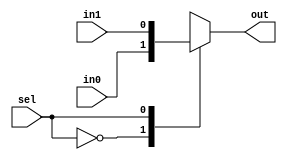
//========================================================================
// Verilog Components: Muxes
//========================================================================

`ifndef VC_MUXES_V
`define VC_MUXES_V

//------------------------------------------------------------------------
// 2 Input Mux
//------------------------------------------------------------------------

module vc_Mux2 #( parameter W = 1 )
(
  input      [W-1:0] in0, in1,
  input              sel,
  output reg [W-1:0] out
);

  always @(*)
  begin
    case ( sel )
      1'd0 : out = in0;
      1'd1 : out = in1;
      default : out = {W{1'bx}};
    endcase
  end

endmodule

//------------------------------------------------------------------------
// 3 Input Mux
//------------------------------------------------------------------------

module vc_Mux3 #( parameter W = 1 )
(
  input      [W-1:0] in0, in1, in2,
  input      [1:0]   sel,
  output reg [W-1:0] out
);

  always @(*)
  begin
    case ( sel )
      2'd0 : out = in0;
      2'd1 : out = in1;
      2'd2 : out = in2;
      default : out = {W{1'bx}};
    endcase
  end

endmodule

//------------------------------------------------------------------------
// 4 Input Mux
//------------------------------------------------------------------------

module vc_Mux4 #( parameter W = 1 )
(
  input      [W-1:0] in0, in1, in2, in3,
  input      [1:0]   sel,
  output reg [W-1:0] out
);

  always @(*)
  begin
    case ( sel )
      2'd0 : out = in0;
      2'd1 : out = in1;
      2'd2 : out = in2;
      2'd3 : out = in3;
      default : out = {W{1'bx}};
    endcase
  end

endmodule

//------------------------------------------------------------------------
// 4 Input Mux (with one-hot select)
//------------------------------------------------------------------------

module vc_Mux4_1hot #( parameter W = 1 )
(
  input      [W-1:0] in0, in1, in2, in3,
  input      [3:0]   sel_1hot,
  output reg [W-1:0] out
);

  always @(*)
  begin
    case ( sel_1hot )
      4'b0001 : out = in0;
      4'b0010 : out = in1;
      4'b0100 : out = in2;
      4'b1000 : out = in3;
      default : out = {W{1'bx}};
    endcase
  end

endmodule

//------------------------------------------------------------------------
// 5 Input Mux
//------------------------------------------------------------------------

module vc_Mux5 #( parameter W = 1 )
(
  input      [W-1:0] in0, in1, in2, in3, in4,
  input      [2:0]   sel,
  output reg [W-1:0] out
);

  always @(*)
  begin
    case ( sel )
      3'd0 : out = in0;
      3'd1 : out = in1;
      3'd2 : out = in2;
      3'd3 : out = in3;
      3'd4 : out = in4;
      default : out = {W{1'bx}};
    endcase
  end

endmodule

//------------------------------------------------------------------------
// 6 Input Mux
//------------------------------------------------------------------------

module vc_Mux6 #( parameter W = 1 )
(
  input      [W-1:0] in0, in1, in2, in3, in4, in5,
  input      [2:0]   sel,
  output reg [W-1:0] out
);

  always @(*)
  begin
    case ( sel )
      3'd0 : out = in0;
      3'd1 : out = in1;
      3'd2 : out = in2;
      3'd3 : out = in3;
      3'd4 : out = in4;
      3'd5 : out = in5;
      default : out = {W{1'bx}};
    endcase
  end

endmodule

//------------------------------------------------------------------------
// 7 Input Mux
//------------------------------------------------------------------------

module vc_Mux7 #( parameter W = 1 )
(
  input      [W-1:0] in0, in1, in2, in3, in4, in5, in6,
  input      [2:0]   sel,
  output reg [W-1:0] out
);

  always @(*)
  begin
    case ( sel )
      3'd0 : out = in0;
      3'd1 : out = in1;
      3'd2 : out = in2;
      3'd3 : out = in3;
      3'd4 : out = in4;
      3'd5 : out = in5;
      3'd6 : out = in6;
      default : out = {W{1'bx}};
    endcase
  end

endmodule

//------------------------------------------------------------------------
// 8 Input Mux
//------------------------------------------------------------------------

module vc_Mux8 #( parameter W = 1 )
(
  input      [W-1:0] in0, in1, in2, in3, in4, in5, in6, in7,
  input      [2:0]   sel,
  output reg [W-1:0] out
);

  always @(*)
  begin
    case ( sel )
      3'd0 : out = in0;
      3'd1 : out = in1;
      3'd2 : out = in2;
      3'd3 : out = in3;
      3'd4 : out = in4;
      3'd5 : out = in5;
      3'd6 : out = in6;
      3'd7 : out = in7;
      default : out = {W{1'bx}};
    endcase
  end

endmodule

`endif